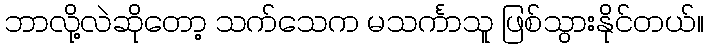
ဘာလို့လဲဆိုတော့ သက်သေက မသင်္ကာသူ ဖြစ်သွားနိုင်တယ်။